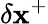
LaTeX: \delta\mathbf{x}^{+}